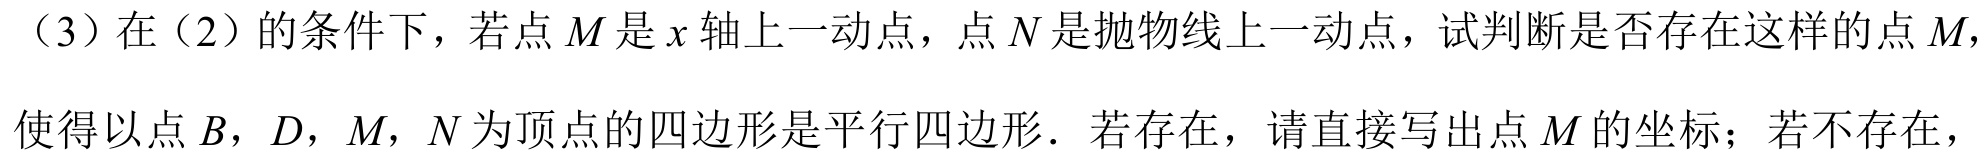
（3）在（2）的条件下，若点\(M\)是\(x\)轴上一动点，点\(N\)是抛物线上一动点，试判断是否存在这样的点\(M,\)使得以点\(B\)，\(D\)，\(M\)，\(N\)为顶点的四边形是平行四边形．若存在，请直接写出点\(M\)的坐标；若不存在，